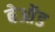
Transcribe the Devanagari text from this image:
बेओंड